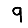
Digit: 9